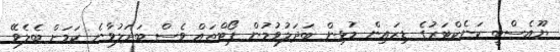
ޔޫއެސްބީ ކަނެކްޓަރުގެ ޑިޒައިން މުޅިން ބަދަލުވުމުން ޕޯޓްތައް ވެސް ބަދަލުވާނެ ކަމަށް ބެލެވޭ